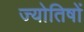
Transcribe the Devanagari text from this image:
ज्योतिषों